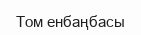
Том енбаңбасы